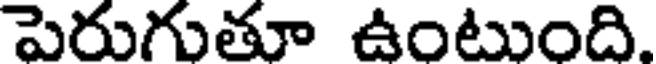
పెరుగుతూ ఉంటుంది.